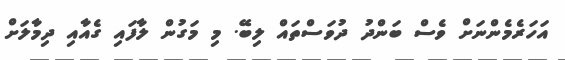
އަހަރެމެންނަށް ވެސް ބަންދު ދުވަސްތައް ލިބޭ. މި މަގުން ލާފައި ގެއާއި ދިމާލަށް